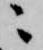
ニ